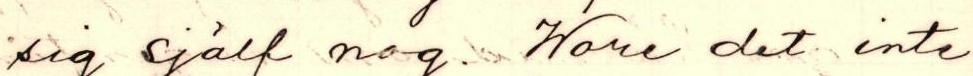
sig själf nog. Wore det inte